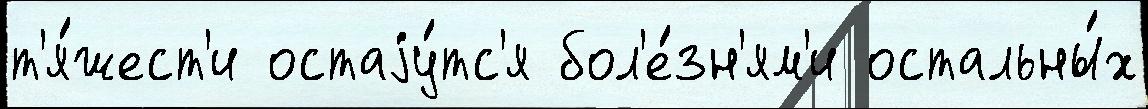
т'я́жест'и остаjу́тс'я бол'е́зн'ям'и остальны́х